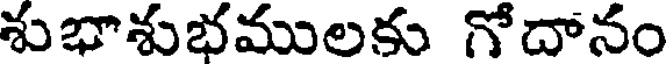
శుభాశుభములకు గోదానం